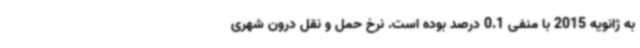
به ژانویه 2015 با منفی 0.1 درصد بوده است. نرخ حمل و نقل درون شهری